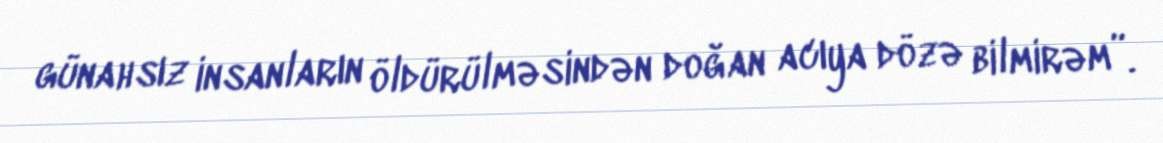
günahsız insanların öldürülməsindən doğan acıya dözə bilmirəm”.